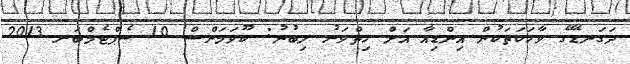
ދަގަނޑޭގެ ވާހަކަތަކުން އިންޑިއާ އަށް ހިތްވަރު ލިބުނު: ކޫވަމަންސް 10 ސެޕްޓެމްބަރ 2013